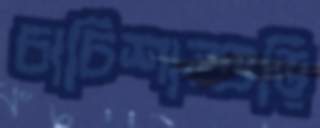
চাচিশাশুড়ি